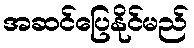
အဆင်ပြေနိုင်မည်